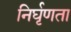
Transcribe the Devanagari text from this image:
निर्घृणता